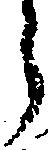
ら